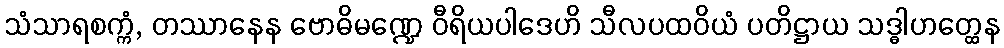
သံသာရစက္ကံ, တဿာနေန ဗောဓိမဏ္ဍေ ဝီရိယပါဒေဟိ သီလပထဝိယံ ပတိဋ္ဌာယ သဒ္ဓါဟတ္ထေန